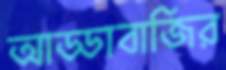
আড্ডাবাজির